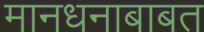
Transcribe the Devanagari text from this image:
मानधनाबाबत